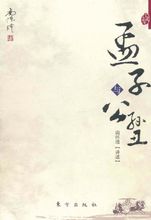
以不忍人之心，行不忍人之政，治天下可运之掌上。